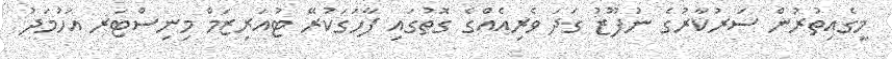
މީގެއިތުރުން ސަރުކާރުގެ ނުފޫޒު ގަދަ ވެރިއެއްގެ ގޮތުގައި ފާހަގަކުރޭ ޓުއަރިޒަމް މިނިސްޓަރ އަހުމަދު